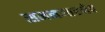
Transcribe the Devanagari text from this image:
समनन्तरमेव